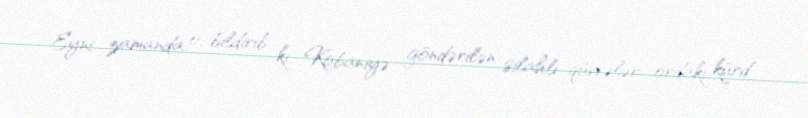
Eyni zamanda o, bildirib ki, Kobaniyə göndərilən silahlı qüvvələr ordakı kürd